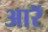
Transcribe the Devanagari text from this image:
आरॅ